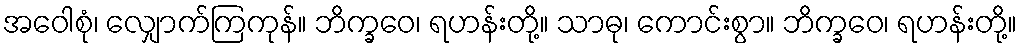
အဝေါစုံ၊ လျှောက်ကြကုန်။ ဘိက္ခဝေ၊ ရဟန်းတို့။ သာဓု၊ ကောင်းစွာ။ ဘိက္ခဝေ၊ ရဟန်းတို့။